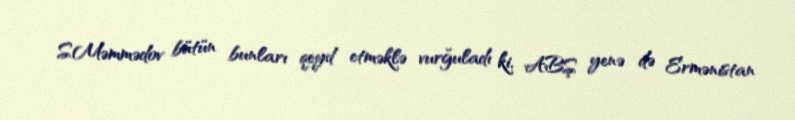
S.Məmmədov bütün bunları qeyd etməklə vurğuladı ki, ABŞ yenə də Ermənistan